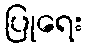
ပြုရေး